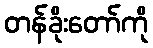
တန်ခိုးတော်ကို